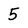
Character: 5